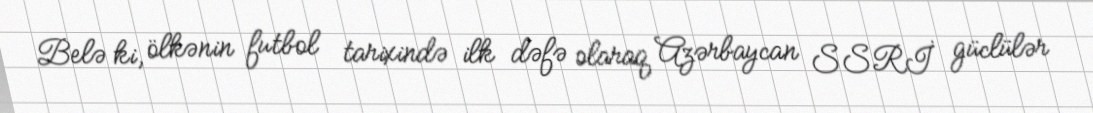
Belə ki, ölkənin futbol tarixində ilk dəfə olaraq Azərbaycan SSRİ güclülər